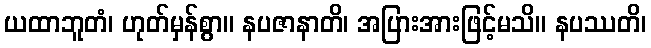
ယထာဘူတံ၊ ဟုတ်မှန်စွာ။ နပဇာနာတိ၊ အပြားအားဖြင့်မသိ။ နပဿတိ၊